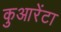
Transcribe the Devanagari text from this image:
कुआरेंटा